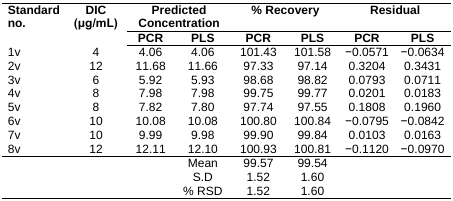
<table><thead><tr><td><b>Standard no.</b></td><td><b>DIC (μg/mL)</b></td><td colspan="2"><b>Predicted Concentration</b></td><td colspan="2"><b>% Recovery</b></td><td colspan="2"><b>Residual</b></td></tr><tr><td></td><td></td><td><b>PCR</b></td><td><b>PLS</b></td><td><b>PCR</b></td><td><b>PLS</b></td><td><b>PCR</b></td><td><b>PLS</b></td></tr></thead><tbody><tr><td>1v</td><td>4</td><td>4.06</td><td>4.06</td><td>101.43</td><td>101.58</td><td>−0.0571</td><td>−0.0634</td></tr><tr><td>2v</td><td>12</td><td>11.68</td><td>11.66</td><td>97.33</td><td>97.14</td><td>0.3204</td><td>0.3431</td></tr><tr><td>3v</td><td>6</td><td>5.92</td><td>5.93</td><td>98.68</td><td>98.82</td><td>0.0793</td><td>0.0711</td></tr><tr><td>4v</td><td>8</td><td>7.98</td><td>7.98</td><td>99.75</td><td>99.77</td><td>0.0201</td><td>0.0183</td></tr><tr><td>5v</td><td>8</td><td>7.82</td><td>7.80</td><td>97.74</td><td>97.55</td><td>0.1808</td><td>0.1960</td></tr><tr><td>6v</td><td>10</td><td>10.08</td><td>10.08</td><td>100.80</td><td>100.84</td><td>−0.0795</td><td>−0.0842</td></tr><tr><td>7v</td><td>10</td><td>9.99</td><td>9.98</td><td>99.90</td><td>99.84</td><td>0.0103</td><td>0.0163</td></tr><tr><td>8v</td><td>12</td><td>12.11</td><td>12.10</td><td>100.93</td><td>100.81</td><td>−0.1120</td><td>−0.0970</td></tr><tr><td></td><td></td><td></td><td>Mean</td><td>99.57</td><td>99.54</td><td></td><td></td></tr><tr><td></td><td></td><td></td><td>S.D</td><td>1.52</td><td>1.60</td><td></td><td></td></tr><tr><td></td><td></td><td></td><td>% RSD</td><td>1.52</td><td>1.60</td><td></td><td></td></tr></tbody></table>